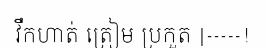
វឹកហាត់ ត្រៀម ប្រកួត |-----!